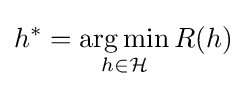
h^{*}={\underset {h\in {\mathcal {H}}}{\operatorname {arg\,min} }}\,{R(h)}